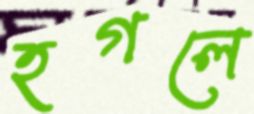
হগলে